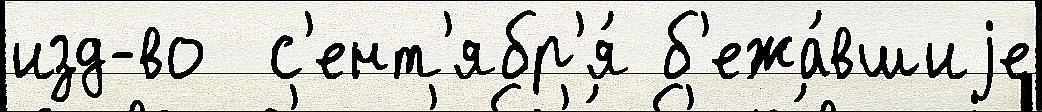
изд-во  с'ент'ябр'я́ б'ежа́вшиjе